Scientific memoirs by medical officers of the Army of India - Part V,
Year: 1890
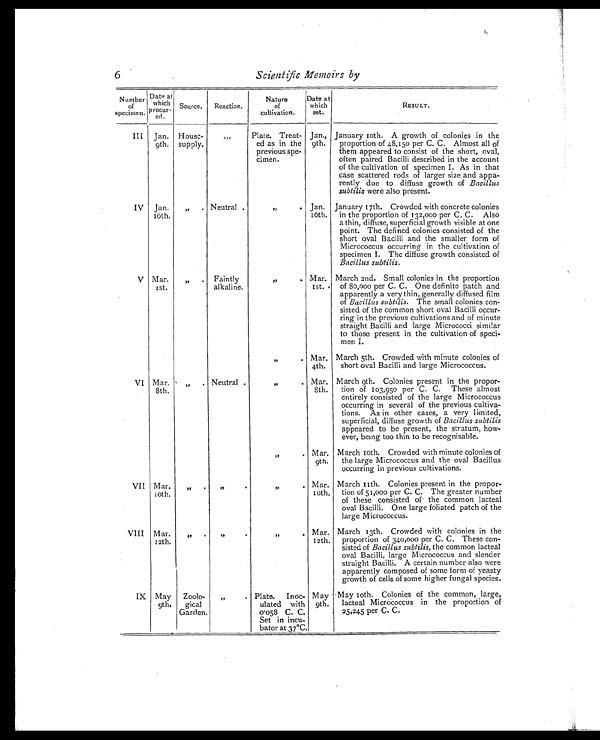
6
Scientific Memoirs by
Number
of
specimen.
Date at
which
procure-
R d .
Source.
Reaction.
Nature
of
cultivation.
Date at
which
set.
RESULT.
III
Jan.
9th.
House-
supply.
. . . Plate. Treat-
ed as in the
previous spe-
emen.
Jan.,
9th.
January 10th. A growth of colonies in the
proportion of 48,150 per C. C. Almost all of
them appeared to consist of the short, oval,
often paired Bacilli described in the account
of the cultivation of specimen I. As in that
case scattered rods of larger size and appa-
rently due to diffuse growth of Bacillus
Subtilis were also present.
IV Jan.
16th.
, ,
.
Neutral .
, ,
. Jan.
16th.
January 17th. Crowded with concrete colonies
in the proportion of 132,000 per C. C. Also
a thin, diffuse, superficial growth visible at one
point. The defined colonies consisted of the
short oval Bacilli and the smaller form of
Micrococcus occurring in the cultivation of
specimen I. The diffuse growth consisted of
Bacillus subtilis.
V Mar.
1st.
, , . Faintly
alkaline.
, , . Mar.
1st.
March 2nd. Small colonies in the proportion
of 80,000 per C. C. One definite patch and
apparently a very thin, generally diffused film
of Bacillus subtilis. The small colonies con-
sisted of the common short oval Bacilli occur-
ring in the previous cultivations and of minute
straight Bacilli and large Micrococci similar
to those present in the cultivation of speci-
men I.
, , . Mar.
4th.
March 5th. Crowded with minute colonies of
short oval Bacilli and large Micrococcus.
VI Mar.
8th.
, , . Neutral .
, ,
.
Mar.
8th.
March 9th. Colonies present in the proper-
tions of 103,950 per C. C. These almost
entirely consisted of the large Micrococcus
occurring in several of the previous cultiva-
tions. As in other cases, a very limited,
superficial, diffuse growth of Bacillus subtili
appeared to be present, the stratum, how-
ever, being too thin to be recognisable.
, ,
.
Mar.
9th.
March 10th. Crowded with minute colonies of
the large Micrococcus and the oval Bacillus
occurring in previous cultivations.
VII Mar.
10th.
, ,
.
, ,
.
, ,
.
Mar.
10th.
March 11th. Colonies present in the propor-
tion of 51,000 per C. C. The greater number
of these consisted of the common lacteal
oval Bacilli. One large foliated patch of the
large Micrococcus.
VIII Mar.
12th.
, ,
.
, ,
.
, ,
.
Mar.
12th.
March 13th. Crowded with colonies in the
proportion of 340,000 per C. C. These con-
sisted of Bacillus subtilis, the common lacteal
oval Bacilli, large Micrococcus and slender
straight Bacilli. A certain number also were
apparently composed of some form of yeasty
growth of cells of some higher fungal species.
IX May
9th.
Zoolo-
gical
Garden.
, ,
.
Plate. Inoc-
ulated with
0.058 C. C.
Set in incu-
bator at 37°C.
May
9th.
May 10th. Colonies of the common, large,
lacteal Micrococcus in the proportion of
25,245 per C. C.